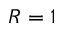
R = 1